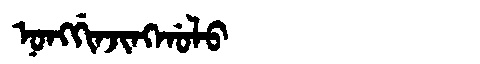
Manchu: ᠨᠣᠩᡤᡳᠨᠵᡳᠩᡤᠣᠯᠣ
Romanization: NONGGINJINGGOLO